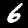
Label: 6